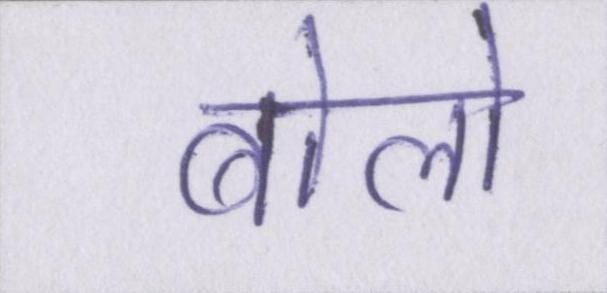
बोलो